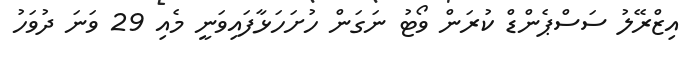
އިޒްރޭލު ސަސްޕެންޑް ކުރަން ވޯޓު ނަގަން ހުށަހަޅާފައިވަނީ މެއި 29 ވަނަ ދުވަހު